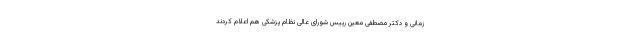
زمانی و دکتر مصطفی معین رییس شورای عالی نظام پزشکی هم اعلام کردند